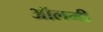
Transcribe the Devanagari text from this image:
ऑलमी